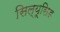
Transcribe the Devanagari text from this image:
सिल्यूसिड